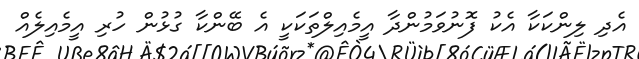
އެދި ލިންކަކާ އެކު ފޮނުވަމުންދާ އީމެއިލްތަކަކީ އެ ބޭންކާ ގުޅުން ހުރި އީމެއިލެއް